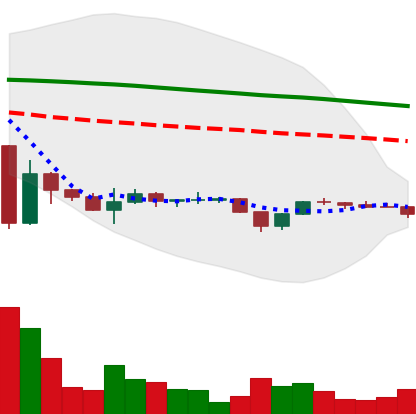
Ticker: BTC-USD
Chart end date: 2022-11-28
Forward return: 4.26%
Label: up_3_5